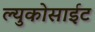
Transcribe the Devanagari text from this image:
ल्युकोसाईट